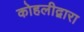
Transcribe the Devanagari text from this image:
कोहलीद्वारा